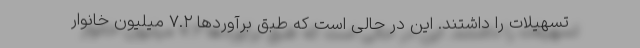
تسهیلات را داشتند. این در حالی است که طبق برآوردها ۷.۲ میلیون خانوار